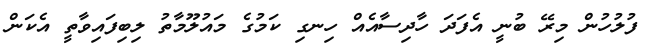
ފުލުހުން މިރޭ ބުނީ އެފަދަ ހާދިސާއެއް ހިނގި ކަމުގެ މައުލޫމާތު ލިބިފައިވާތީ އެކަން